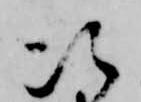
次